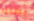
تظلم